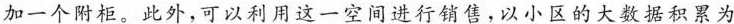
加一个附柜。此外，可以利用这一空间进行销售，以小区的大数据积累为